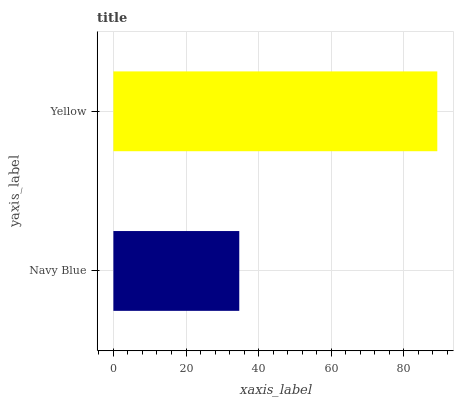
| yaxis_label | bars |
 | --- | --- |
 | Navy Blue | 34.7 |
 | Yellow | 89.2 |